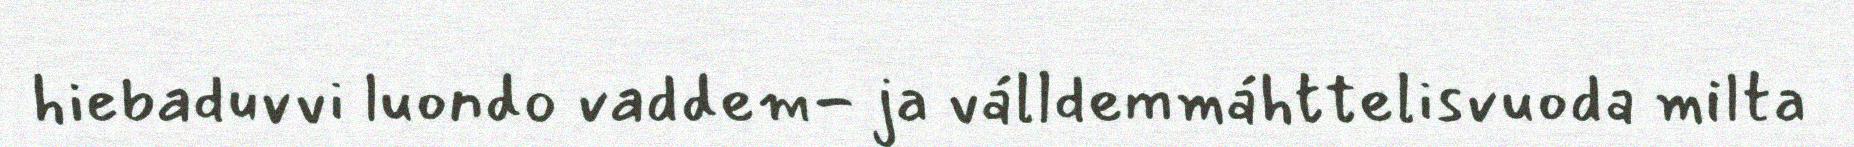
hiebaduvvi luondo vaddem- ja válldemmáhttelisvuoda milta